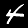
Digit: 4